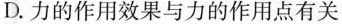
D.力的作用效果与力的作用点有关